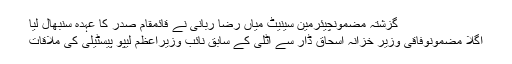
گزشتہ مضمونچیئرمین سینیٹ میاں رضا ربانی نے قائمقام صدر کا عہدہ سنبھال لیا
اگلا مضمونوفاقی وزیر خزانہ اسحاق ڈار سے اٹلی کے سابق نائب وزیراعظم لیپو پیسٹیلی کی ملاقات